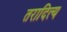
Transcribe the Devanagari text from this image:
तरादित्य